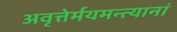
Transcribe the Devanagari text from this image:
अवृत्तेर्मयमन्त्यानां